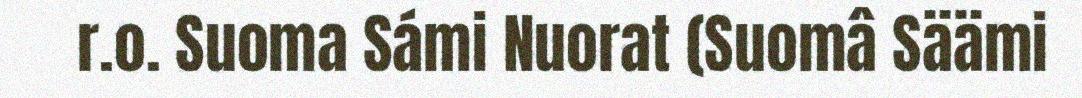
r.o. Suoma Sámi Nuorat (Suomâ Säämi